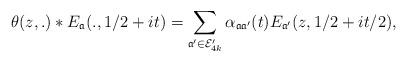
LaTeX: \begin{align*}\theta(z,.)*E_{\mathfrak{a}}(.,1/2+it)= \sum_{\mathfrak{a}^{\prime}\in \mathcal{E}^{\prime}_{4k}} \alpha_{\mathfrak{a} \mathfrak{a}^{\prime}}(t) E_{\mathfrak{a}^{\prime}}(z,1/2+it/2),\end{align*}